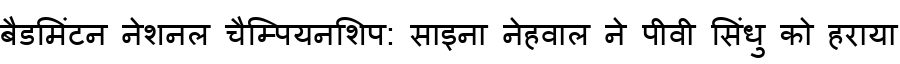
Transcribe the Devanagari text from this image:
बैडमिंटन नेशनल चैम्पियनशिप: साइना नेहवाल ने पीवी सिंधु को हराया